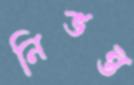
নিভন্ত